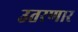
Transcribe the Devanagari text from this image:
उतरणार